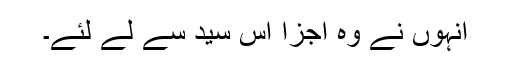
انہوں نے وہ اجزا اس سید سے لے لئے۔